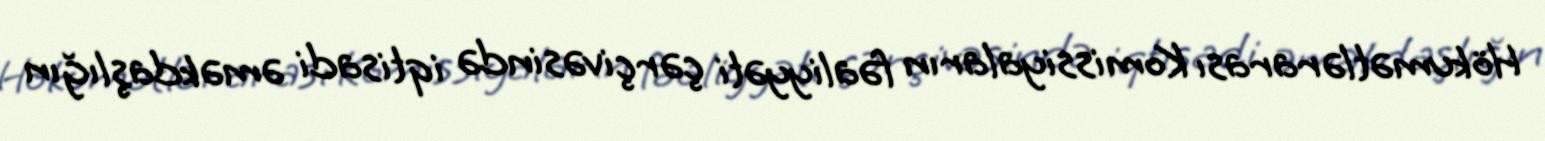
Hökumətlərarası Komissiyaların fəaliyyəti çərçivəsində iqtisadi əməkdaşlığın